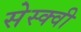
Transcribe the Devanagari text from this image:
सेस्क्वी